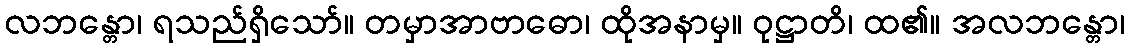
လဘန္တော၊ ရသည်ရှိသော်။ တမှာအာဗာဓော၊ ထိုအနာမှ။ ဝုဋ္ဌာတိ၊ ထ၏။ အလဘန္တော၊